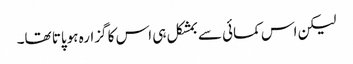
لیکن اس کمائی سے بمشکل ہی اس کا گزارہ ہوپاتا تھا۔